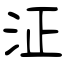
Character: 泟